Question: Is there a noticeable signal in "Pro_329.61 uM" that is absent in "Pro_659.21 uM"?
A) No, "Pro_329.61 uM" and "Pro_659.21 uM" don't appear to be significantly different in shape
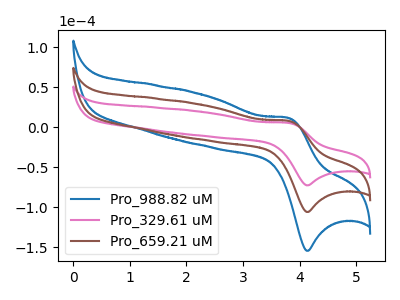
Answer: <think>The blue curve "Pro_988.82 uM" has an anodic peak at (3.80V, 15.70uA) and a cathodic peak at (4.10V, -211.95uA). The pink curve "Pro_329.61 uM" has an anodic peak at (3.80V, 5.40uA) and a cathodic peak at (4.10V, -72.65uA). The brown curve "Pro_659.21 uM" has an anodic peak at (3.80V, 7.85uA) and a cathodic peak at (4.10V, -106.00uA).
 All the peaks in "Pro_329.61 uM" have a peak in "Pro_659.21 uM" at the same potential. Every peak in "Pro_329.61 uM" is lower than every peak in "Pro_659.21 uM".</think>
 <answer>A) No, "Pro_329.61 uM" and "Pro_659.21 uM" don't appear to be significantly different in shape</answer>
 <eval>A</eval>